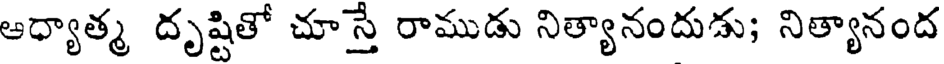
ఆధ్యాత్మ దృష్టితో చూస్తే రాముడు నిత్యానందుడు; నిత్యానంద